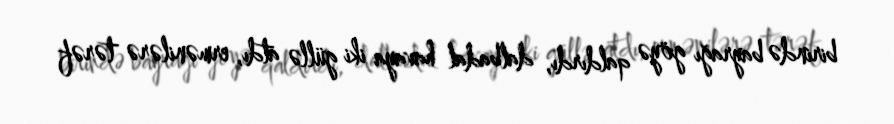
birində bayrağı göyə qaldırdı, dalbadal havaya iki güllə atdı, ermənilərə tərəf